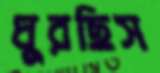
ঘুরছিস